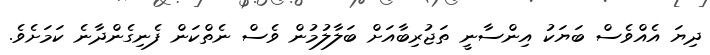
ދިޔަ އެއްވެސް ބަޔަކު އިންސާނީ ތަޖުރިބާއަށް ބަލާލުމުން ވެސް ނެތްކަން ފެނިގެންދާނެ ކަމަށެވެ.